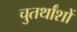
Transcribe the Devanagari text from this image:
चुतर्थांशों